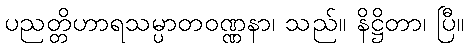
ပညတ္တိဟာရသမ္ပာတဝဏ္ဏနာ၊ သည်။ နိဋ္ဌိတာ၊ ပြီ။